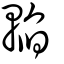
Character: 輡